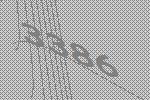
3386